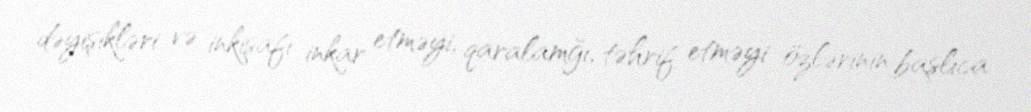
dəyişikləri və inkişafı inkar etməyi, qaralamğı, təhrif etməyi özlərinin başlıca